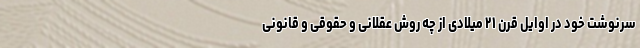
سرنوشت خود در اوایل قرن ۲۱ میلادی از چه روش عقلانی و حقوقی و قانونی